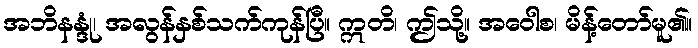
အဘိနန္ဒုံ၊ အလွန်နှစ်သက်ကုန်ပြီ။ ဣတိ၊ ဤသို့။ အဝေါစ၊ မိန့်တော်မူ၏။